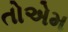
તોએમ